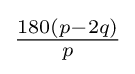
{\tfrac {180(p-2q)}{p}}